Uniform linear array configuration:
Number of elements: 4
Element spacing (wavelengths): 1
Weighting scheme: exponential
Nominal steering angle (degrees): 45
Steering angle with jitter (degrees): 44.564
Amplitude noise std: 0.05
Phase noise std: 0.05

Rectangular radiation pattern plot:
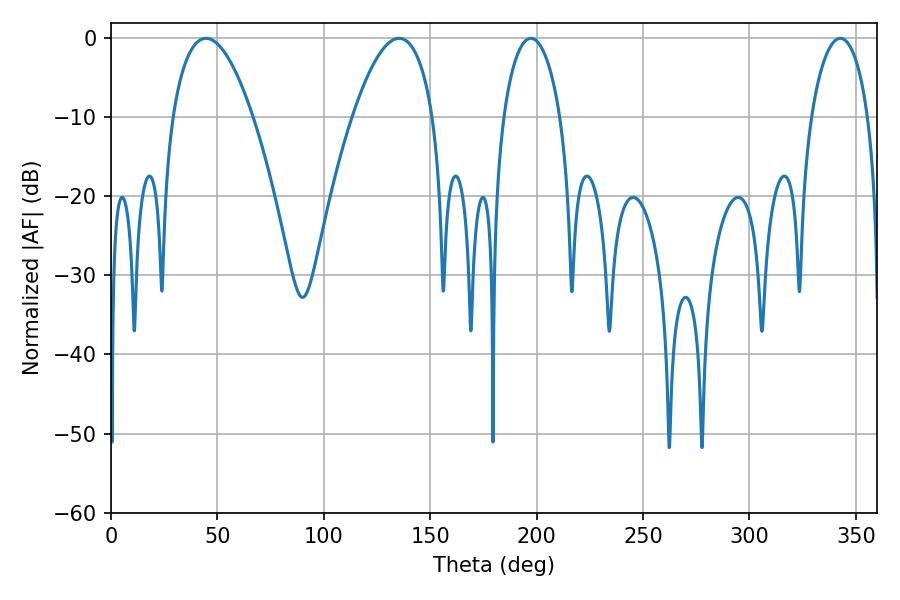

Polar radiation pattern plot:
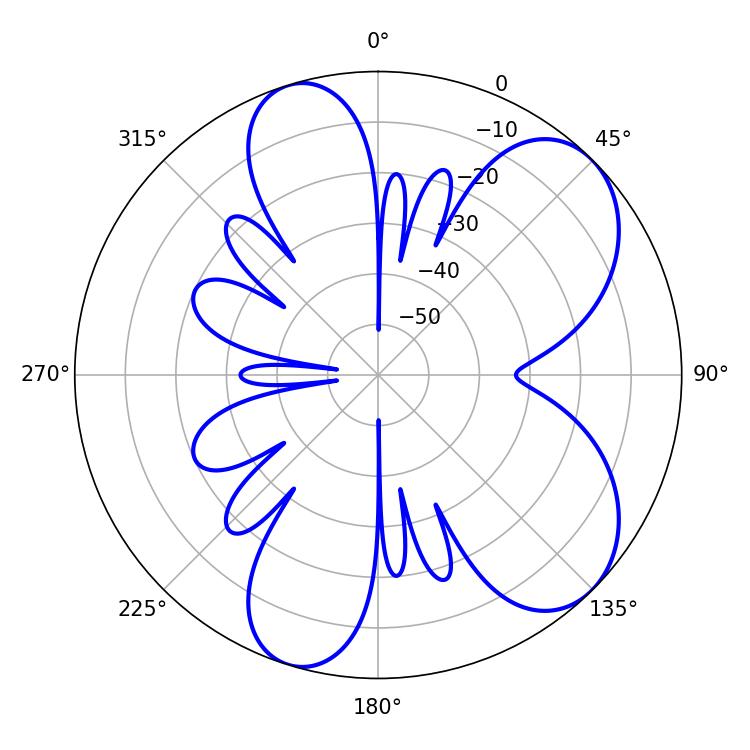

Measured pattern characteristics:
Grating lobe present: TRUE
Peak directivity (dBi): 7.152
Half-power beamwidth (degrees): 21.06
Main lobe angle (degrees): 44.64